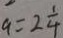
a = 2 \frac { 1 } { 4 }